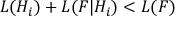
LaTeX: L ( H _ { i } ) + L ( F | H _ { i } ) < L ( F )